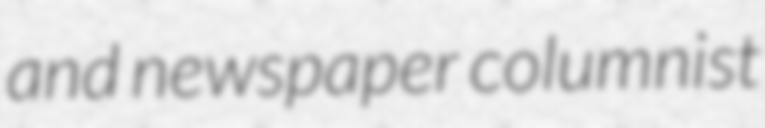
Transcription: and newspaper columnist